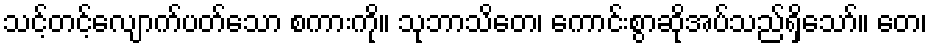
သင့်တင့်လျောက်ပတ်သော စကားကို။ သုဘာသိတေ၊ ကောင်းစွာဆိုအပ်သည်ရှိသော်။ တေ၊